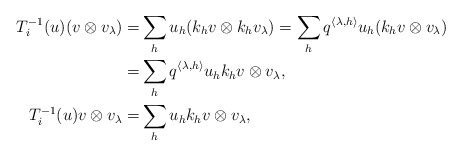
\begin{align*}T_i^{-1}(u)(v\otimes v_\lambda)=&\sum_hu_h (k_h v\otimes k_h v_\lambda)=\sum_h q^{\langle\lambda,h\rangle}u_h(k_h v\otimes v_\lambda)\\=&\sum_h q^{\langle\lambda,h\rangle}u_hk_h v\otimes v_\lambda,\\T_i^{-1}(u)v\otimes v_\lambda=&\sum_h u_h k_h v\otimes v_\lambda,\end{align*}